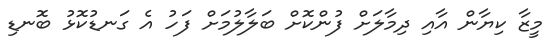
މީޒާ ކިޔާން އާއި ދިމާލަށް ފުންކޮށް ބަލާލުމަށް ފަހު އެ ގަނޑުކޮޅު ބޮނޑި